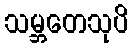
သမ္ဘတေသုပိ